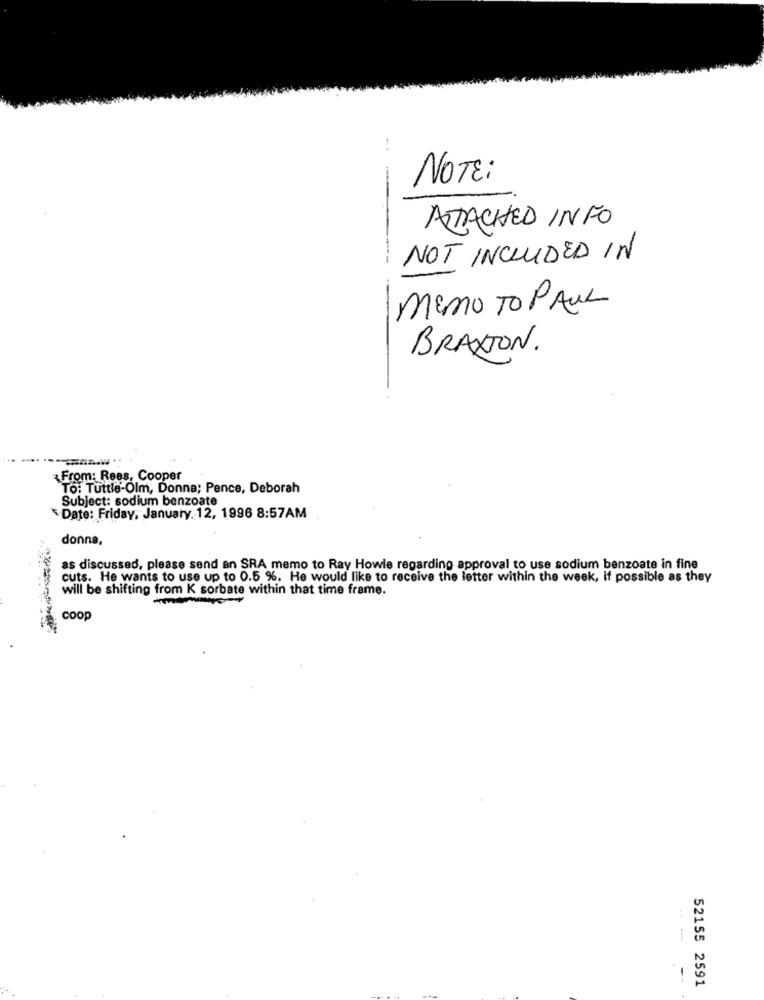
NOTE:
ATTACHED INFO
NOT INCLUDED IN
MEMO TO PAUL
BRAXTON.
From: Rees, Cooper
To: Tuttie-Olm, Donna; Pence, Deborah
Subject: sodium benzoate
Date: Friday, January. 12, 1996 8:57AM
donna,
as discussed, please send an SRA memo to Ray Howle regarding approval to use sodium benzoate in fine
cuts. He wants to use up to 0.5 %. He would like to receive the letter within the week, if possible as they
will be shifting from K sorbate within that time frame.
coop
--
52155 2591